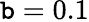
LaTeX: \mathtt{b}=0.1